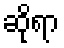
ဆိုရာ